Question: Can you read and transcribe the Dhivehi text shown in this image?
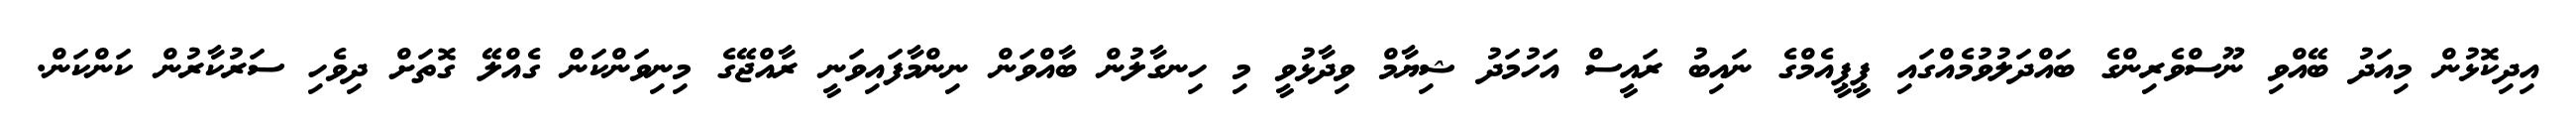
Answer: އިދިކޮޅުން މިއަދު ބޭއްވި ނޫސްވެރިންގެ ބައްދަލުވުމެއްގައި ޕީޕީއެމްގެ ނައިބު ރައީސް އަހުމަދު ޝިޔާމް ވިދާޅުވީ މި ހިނގާލުން ބާއްވަން ނިންމާފައިވަނީ ރާއްޖޭގެ މިނިވަންކަން ގެއްލޭ ގޮތަށް ދިވެހި ސަރުކާރުން ކަންކަން.